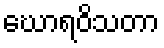
ဃောရဝိသတာ